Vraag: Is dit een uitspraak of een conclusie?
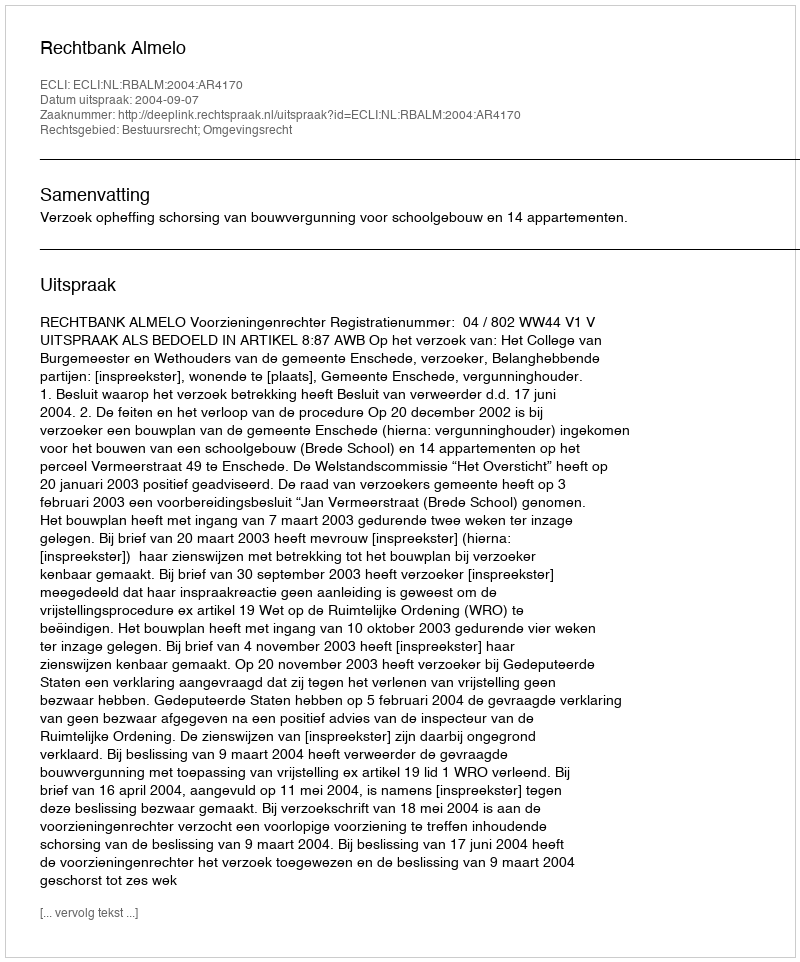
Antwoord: Uitspraak